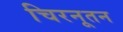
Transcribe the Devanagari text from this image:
चिरनूतन